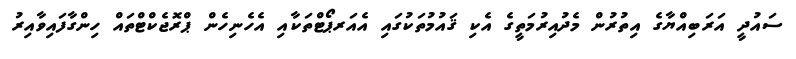
ސައުދީ އަރަބިއްޔާގެ އިތުރުން މެދުއިރުމަތީގެ އެކި ޤައުމުތަކުގައި އެއަރޕޯޓްތަކާއި އެހެނިހެން ޕްރޮޖެކްޓްތައް ހިންގާފައިވާއިރު